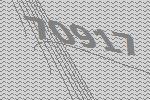
70917